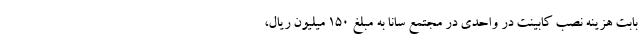
بابت هزینه نصب کابینت در واحدی در مجتمع سانا به مبلغ ۱۵۰ میلیون ریال،